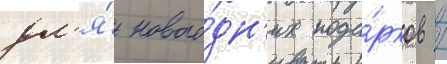
дл'я́ нового́дн'их пода́рков /